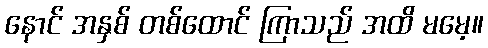
နောင် အနှစ် တစ်ထောင် ကြာသည် အထိ မမေ့။